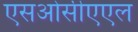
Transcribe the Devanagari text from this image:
एसओसीएएल